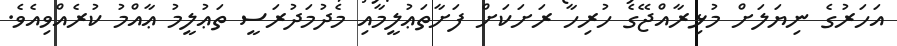
އަހަރުގެ ނިޔަލަށް މުޅިރާއްޖޭގެ ހުރިހާ ރަށަކަށް ފަށާތަޢުލީމާއި މެދުމަދުރަސީ ތަޢުލީމު ޢާއްމު ކުރެއްވިއެވެ.